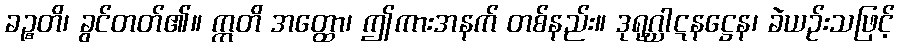
ခဉ္စတိ၊ ခွင်တတ်၏။ ဣတိ အတ္ထော၊ ဤကားအနက် တစ်နည်း။ ဒုရုဂ္ဃါဋနဋ္ဌေန၊ ခဲယဉ်းသဖြင့်